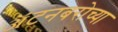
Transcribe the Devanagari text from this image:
ॲटनबरोच्या